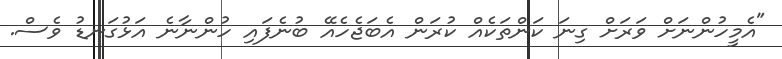
"އެމީހުންނަށް ވަރަށް ގިނަ ކަންތަކެއް ކުރަން އެބަޖެހެއޭ ބުނެފައި ހުންނާނެ އަޅުގަނޑު ވެސް.